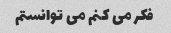
فکر می کنم می توانستم